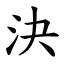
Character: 決